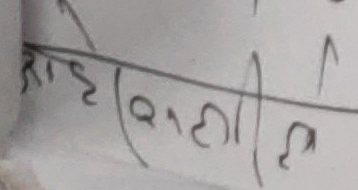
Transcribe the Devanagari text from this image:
राह (माली)